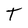
Character: T